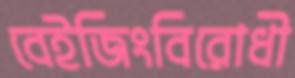
বেইজিংবিরোধী